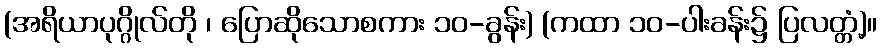
(အရိယာပုဂ္ဂိုလ်တို ၊ ပြောဆိုသောစကား ၁၀-ခွန်း) (ကထာ ၁၀-ပါးခန်း၌ ပြလတ္တံ့)။